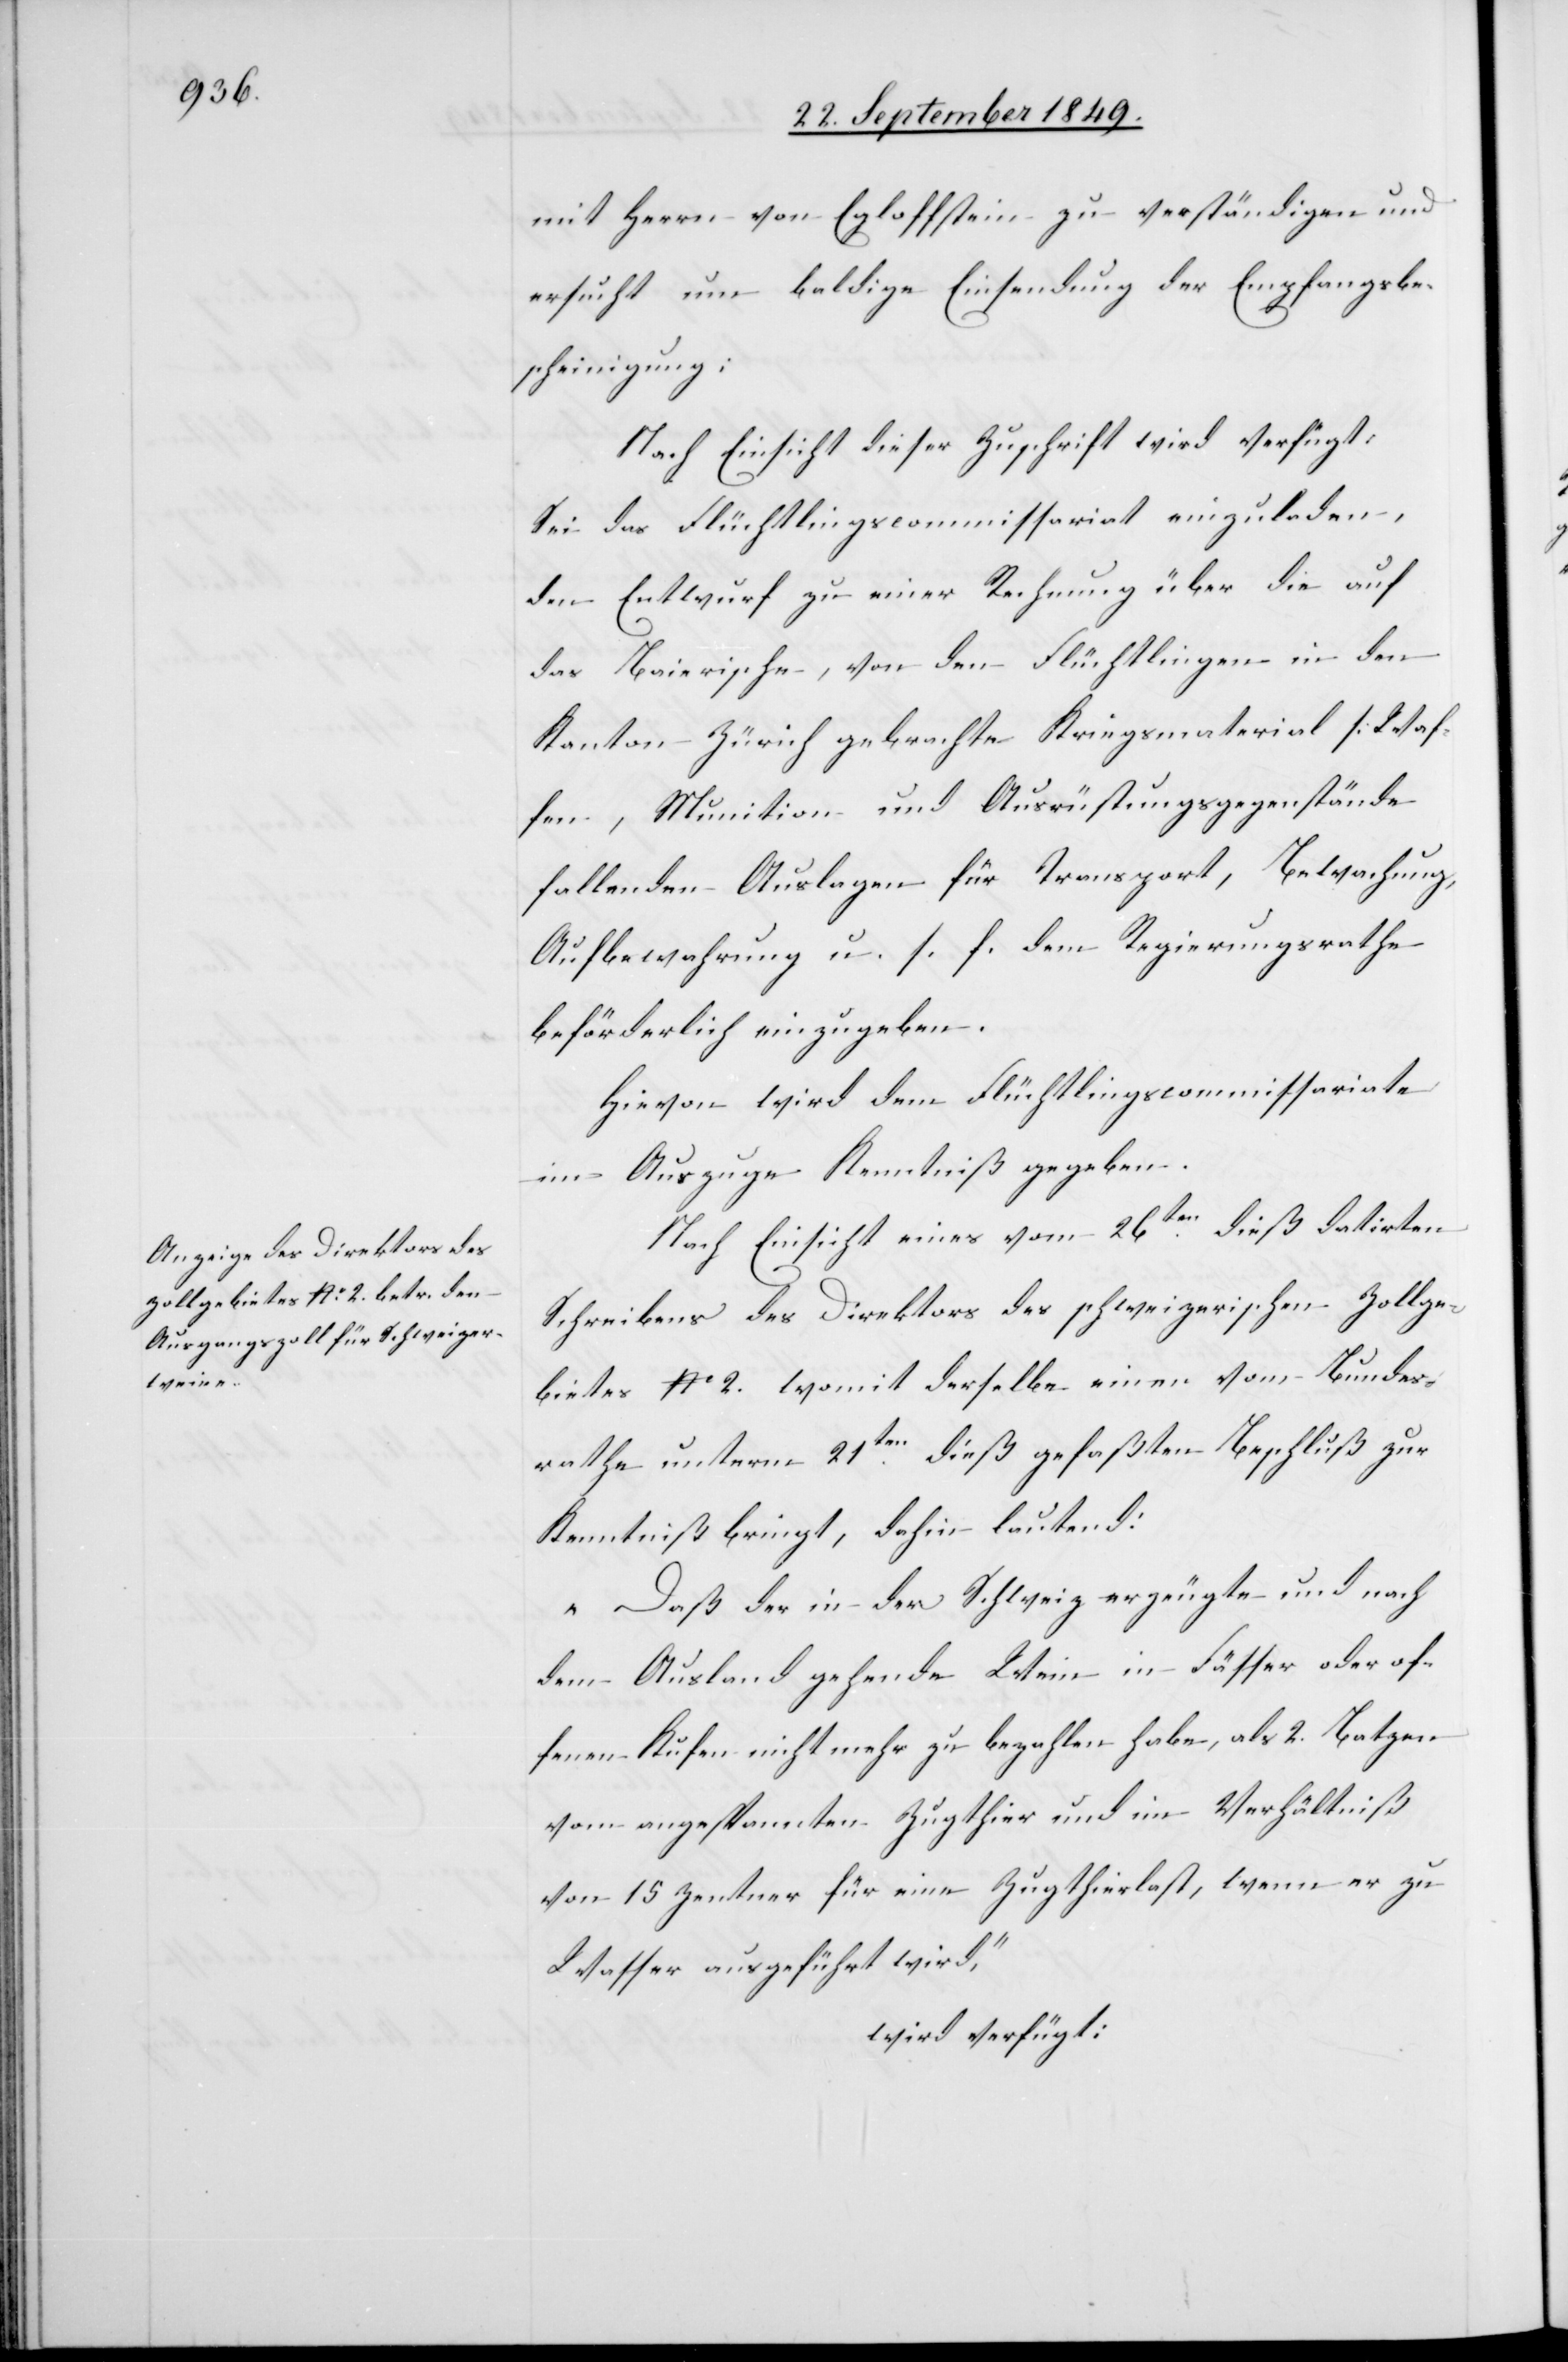
27 September 1849.]
mit Herrn von Egloffstein zu verständigen und
ersucht um baldige Einsendung der Empfangsbe¬
scheinigung:
Nach Einsicht dieser Zuschrift wird verfügt;
Sei das Flüchtlingscommissariat einzuladen,
den Entwurf zu einer Rechnung über die auf
das Baierische, von den Flüchtlingen in den
Kanton Zürich gebrachte Kriegsmaterial [Waf¬
fen, Munition- und Ausrüstungsgegenstände
fallenden Auslagen für Transport, Bewachung,
Aufbewahrung u. s. f. dem Regierungsrathe
beförderlich einzugeben.[]]
Hievon wird dem Flüchtlingscommissariate
im Auszuge Kenntniß gegeben.
Nach Einsicht eines vom 26ten dieß datirten
Schreibens des Direktors des schweizerischen Zollge¬
bietes No. 2. womit derselbe einen vom Bundes¬
rathe unterm 21ten dieß gefaßten Beschluß zur
Kenntniß bringt, dahin lautend:
„Daß der in der Schweiz erzeugte und nach
dem Ausland gehende Wein in Fässer oder of¬
fenen Kufen nicht mehr zu bezahlen habe, als 2. Batzen
vom angestammten Zugthier und im Verhältniß
von 15 Zentner für eine Zugthierlast, wenn er zu
Wasser ausgeführt wird“,
wird verfügt: